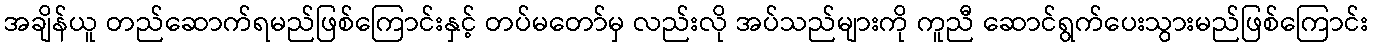
အချိန်ယူ တည်ဆောက်ရမည်ဖြစ်ကြောင်းနှင့် တပ်မတော်မှ လည်းလို အပ်သည်များကို ကူညီ ဆောင်ရွက်ပေးသွားမည်ဖြစ်ကြောင်း